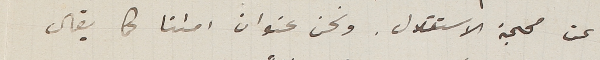
عن محجة الاستقلال. ونحن عنوان امتنا كما يقال